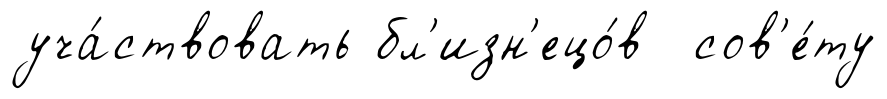
уча́ствовать бл'изн'ецо́в сов'е́ту